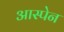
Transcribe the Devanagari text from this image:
आस्पेन